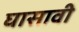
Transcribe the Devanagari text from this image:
घासावी